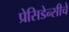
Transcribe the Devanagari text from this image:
प्रेसिडेन्सीचे